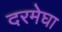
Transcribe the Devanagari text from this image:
दरमेघा